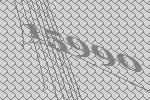
15990